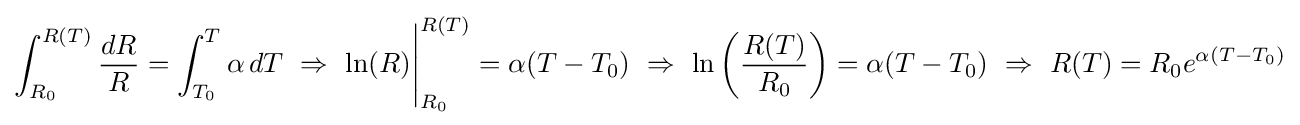
\int _{R_{0}}^{R(T)}{\frac {dR}{R}}=\int _{T_{0}}^{T}\alpha \,dT~\Rightarrow ~\ln(R){\Bigg \vert }_{R_{0}}^{R(T)}=\alpha (T-T_{0})~\Rightarrow ~\ln \left({\frac {R(T)}{R_{0}}}\right)=\alpha (T-T_{0})~\Rightarrow ~R(T)=R_{0}e^{\alpha (T-T_{0})}